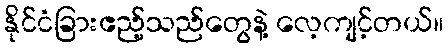
နိုင်ငံခြားဧည့်သည်တွေနဲ့ လေ့ကျင့်တယ်။